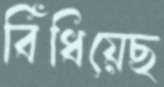
বিঁধিয়েছ